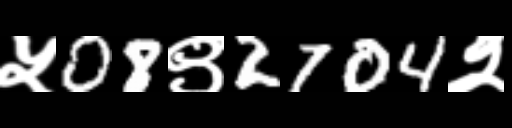
Text: ५08९2704२